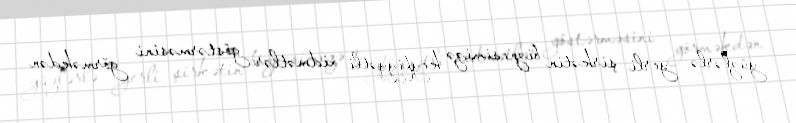
yüzlərlə yerli şirkətin biznesimizə keyfiyyətli xidmətlər göstərməsini görməkdən